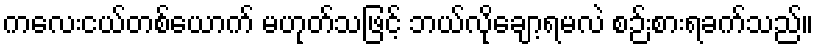
ကလေးငယ်တစ်ယောက် မဟုတ်သဖြင့် ဘယ်လိုချော့ရမလဲ စဉ်းစားရခက်သည်။